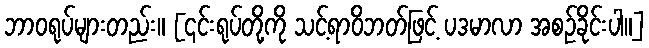
ဘာဝရုပ်များတည်း။ [၎င်းရုပ်တို့ကို သင့်ရာဝိဘတ်ဖြင့် ပဒမာလာ အစဉ်ခိုင်းပါ။]